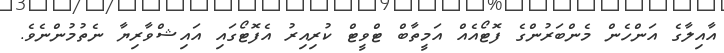
އާއިލާގެ އަންހެން މެންބަރުންގެ ފޮޓޯއެއް އަމީތާބް ޓްވީޓް ކުރިއިރު އެފޮޓޯގައި އައިޝްވާރިޔާ ނެތުމުންނެވެ.